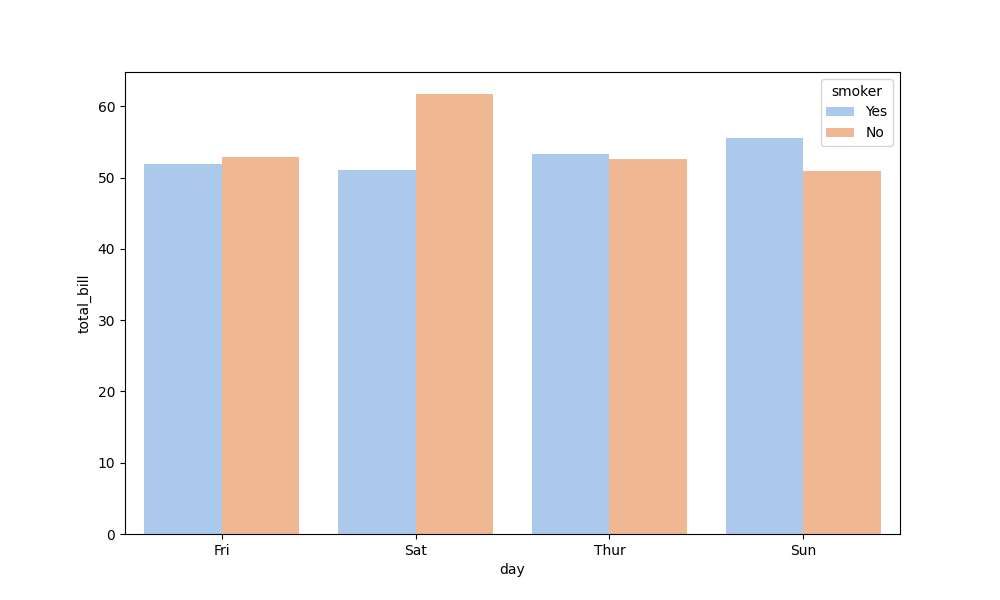
python, seaborn, barplot, hue='smoker', palette='pastel', ci=None, orient='v'